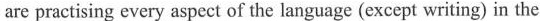
are practising every aspect of the language (except writing) in the